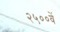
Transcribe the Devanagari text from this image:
२५००वें